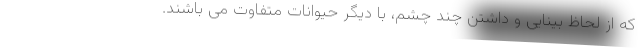
که از لحاظ بینایی و داشتن چند چشم، با دیگر حیوانات متفاوت می باشند.